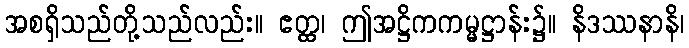
အစရှိသည်တို့သည်လည်း။ ဧတ္ထ၊ ဤအဋ္ဌိကကမ္မဋ္ဌာန်း၌။ နိဒဿနာနိ၊